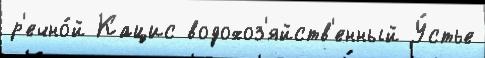
р'ечно́й Кацис водохоз'яйств'енный У́стье